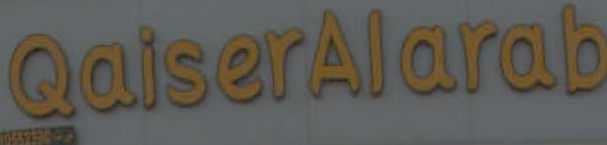
Qaiseralarab